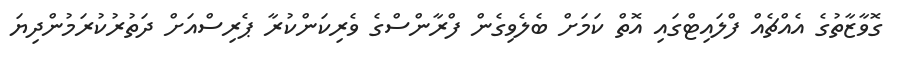
ގޮވާޒާތުގެ އެއްޗެއް ފްލައިޓްގައި އޮތް ކަމަށް ބެލެވިގެން ފްރާންސްގެ ވެރިކަންކުރާ ޕެރިސްއަށް ދަތުރުކުރަމުންދިޔަ